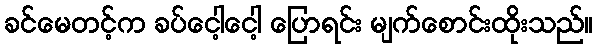
ခင်မေတင့်က ခပ်ငေါ့ငေါ့ ပြောရင်း မျက်စောင်းထိုးသည်။